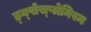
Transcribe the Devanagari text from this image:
ह्य्पोस्प्लेनिस्म